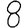
Digit: 8